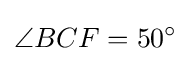
\angle {BCF}=50^{\circ }